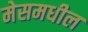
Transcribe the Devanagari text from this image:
मेसमधील